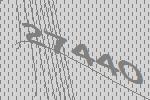
27440